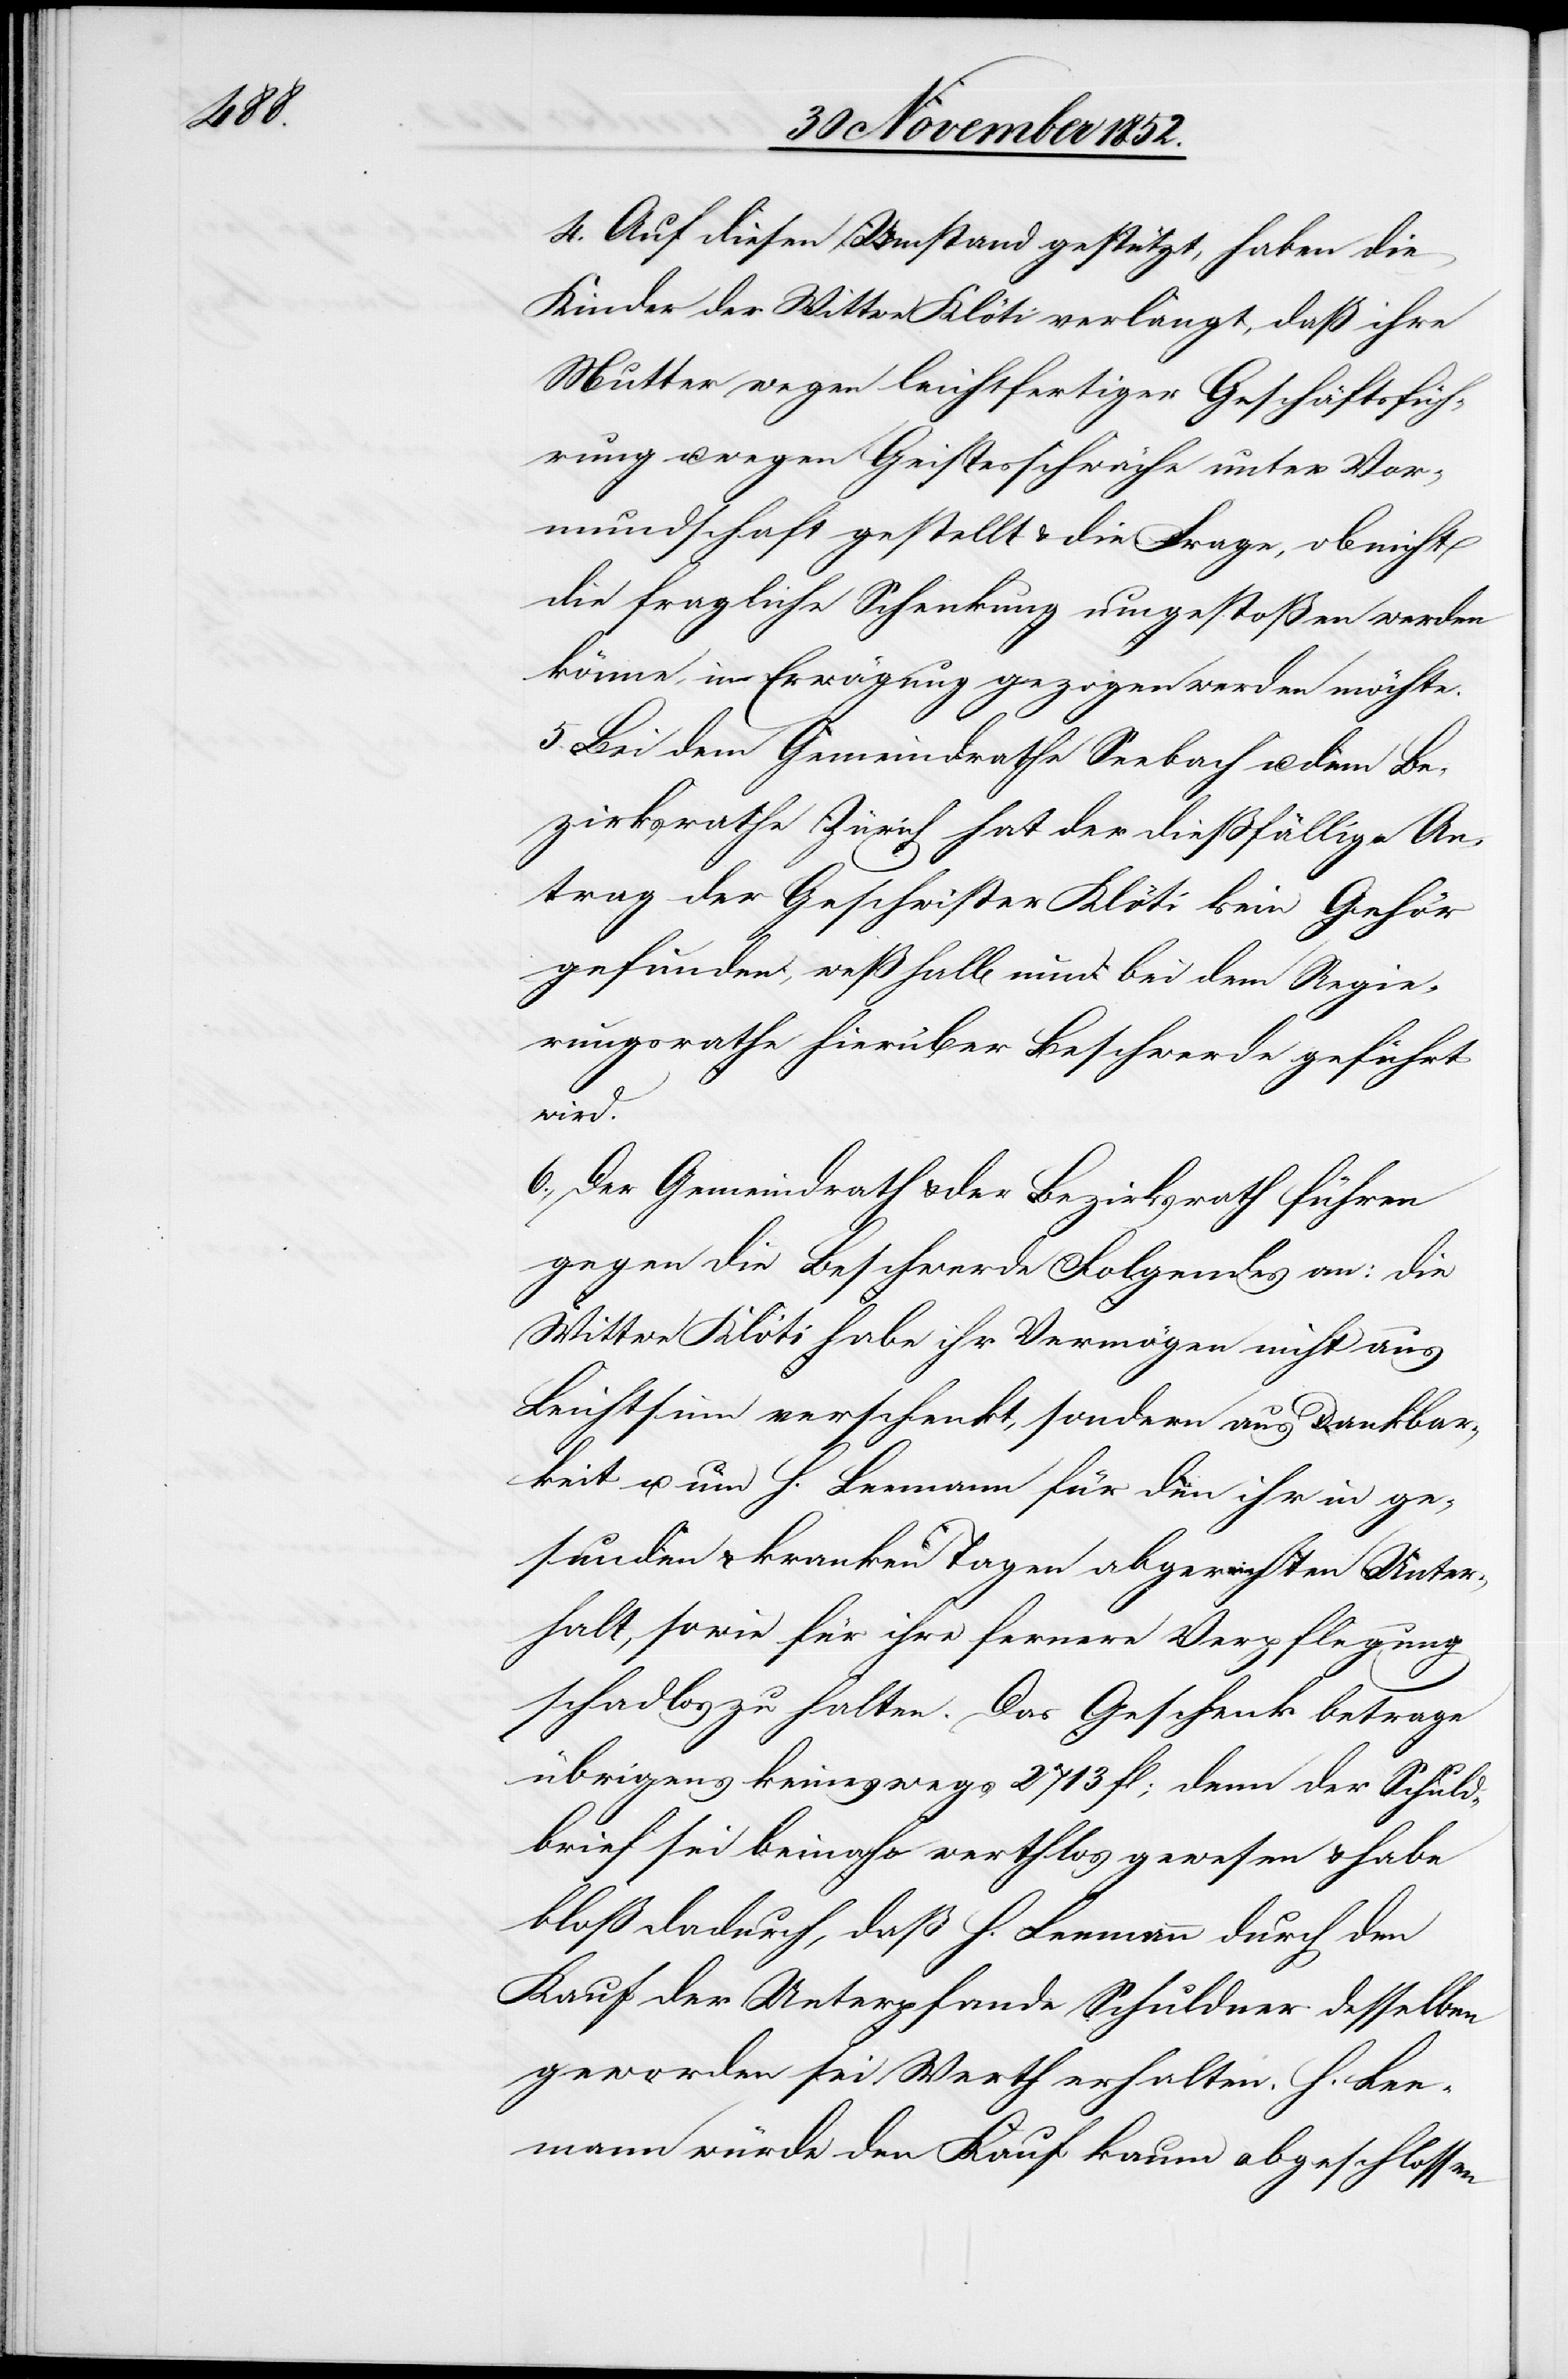
4. Auf diesen Umstand gestützt, haben die
Kinder der Wittwe Klöti verlangt, daß ihre
Mutter wegen leichtfertiger Geschäftsfüh¬
rung u. wegen Geistesschwäche unter Vor¬
mundschaft gestellt & die Frage, ob nicht
die fragliche Schenkung umgestoßen werden
könne, in Erwägung gezogen werden möchte.
5. Bei dem Gemeindrathe Seebach u. dem Be¬
zirksrathe Zürich hat der dießfällige An¬
trag der Geschwister Klöti kein Gehör
gefunden, weßhalb nun bei dem Regie¬
rungsrathe hierüber Beschwerde geführt
wird.
6., Der Gemeindrath & der Bezirksrath führen
gegen die Beschwerde Folgendes an: die
Wittwe Klöti habe ihr Vermögen nicht aus
Leichtsinn verschenkt, sondern aus Dankbar¬
keit u. um H. Leemann für den ihr in ge¬
sunden & kranken Tagen abgereichten Unter¬
halt, sowie für ihre fernere Verpflegung
schadlos zu halten. Das Geschenk betrage
übrigens keineswegs 2713 fl; denn der Schuld¬
brief sei beinahe werthlos gewesen & habe
bloß dadurch, daß H. Leemann durch den
Kauf der Unterpfande Schuldner desselben
geworden sei Werth erhalten. H. Lee¬
mann würde den Kauf kaum abgeschlossen